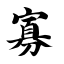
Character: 寡